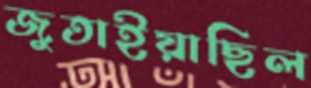
জুতাইয়াছিল